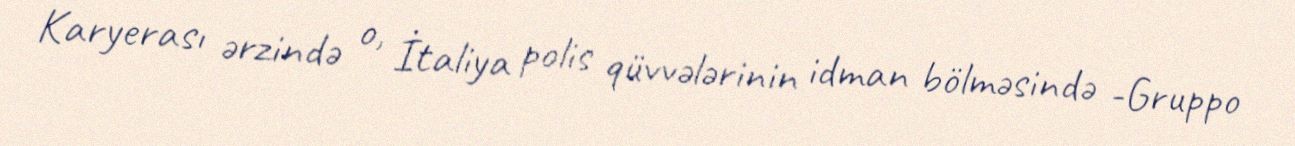
Karyerası ərzində o, İtaliya polis qüvvələrinin idman bölməsində -Gruppo